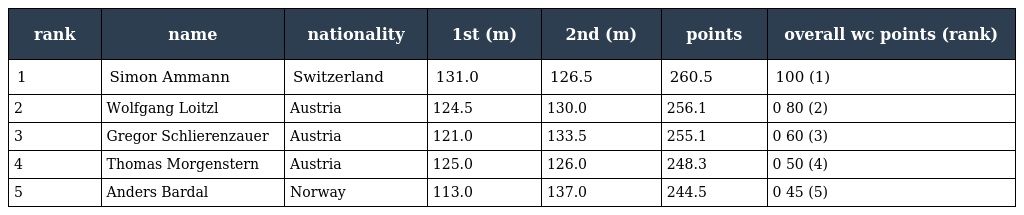
| rank | name | nationality | 1st (m) | 2nd (m) | points | overall wc points (rank) |
 | --- | --- | --- | --- | --- | --- | --- |
 | 1 | Simon Ammann | Switzerland | 131.0 | 126.5 | 260.5 | 100 (1) |
 | 2 | Wolfgang Loitzl | Austria | 124.5 | 130.0 | 256.1 | 0 80 (2) |
 | 3 | Gregor Schlierenzauer | Austria | 121.0 | 133.5 | 255.1 | 0 60 (3) |
 | 4 | Thomas Morgenstern | Austria | 125.0 | 126.0 | 248.3 | 0 50 (4) |
 | 5 | Anders Bardal | Norway | 113.0 | 137.0 | 244.5 | 0 45 (5) |